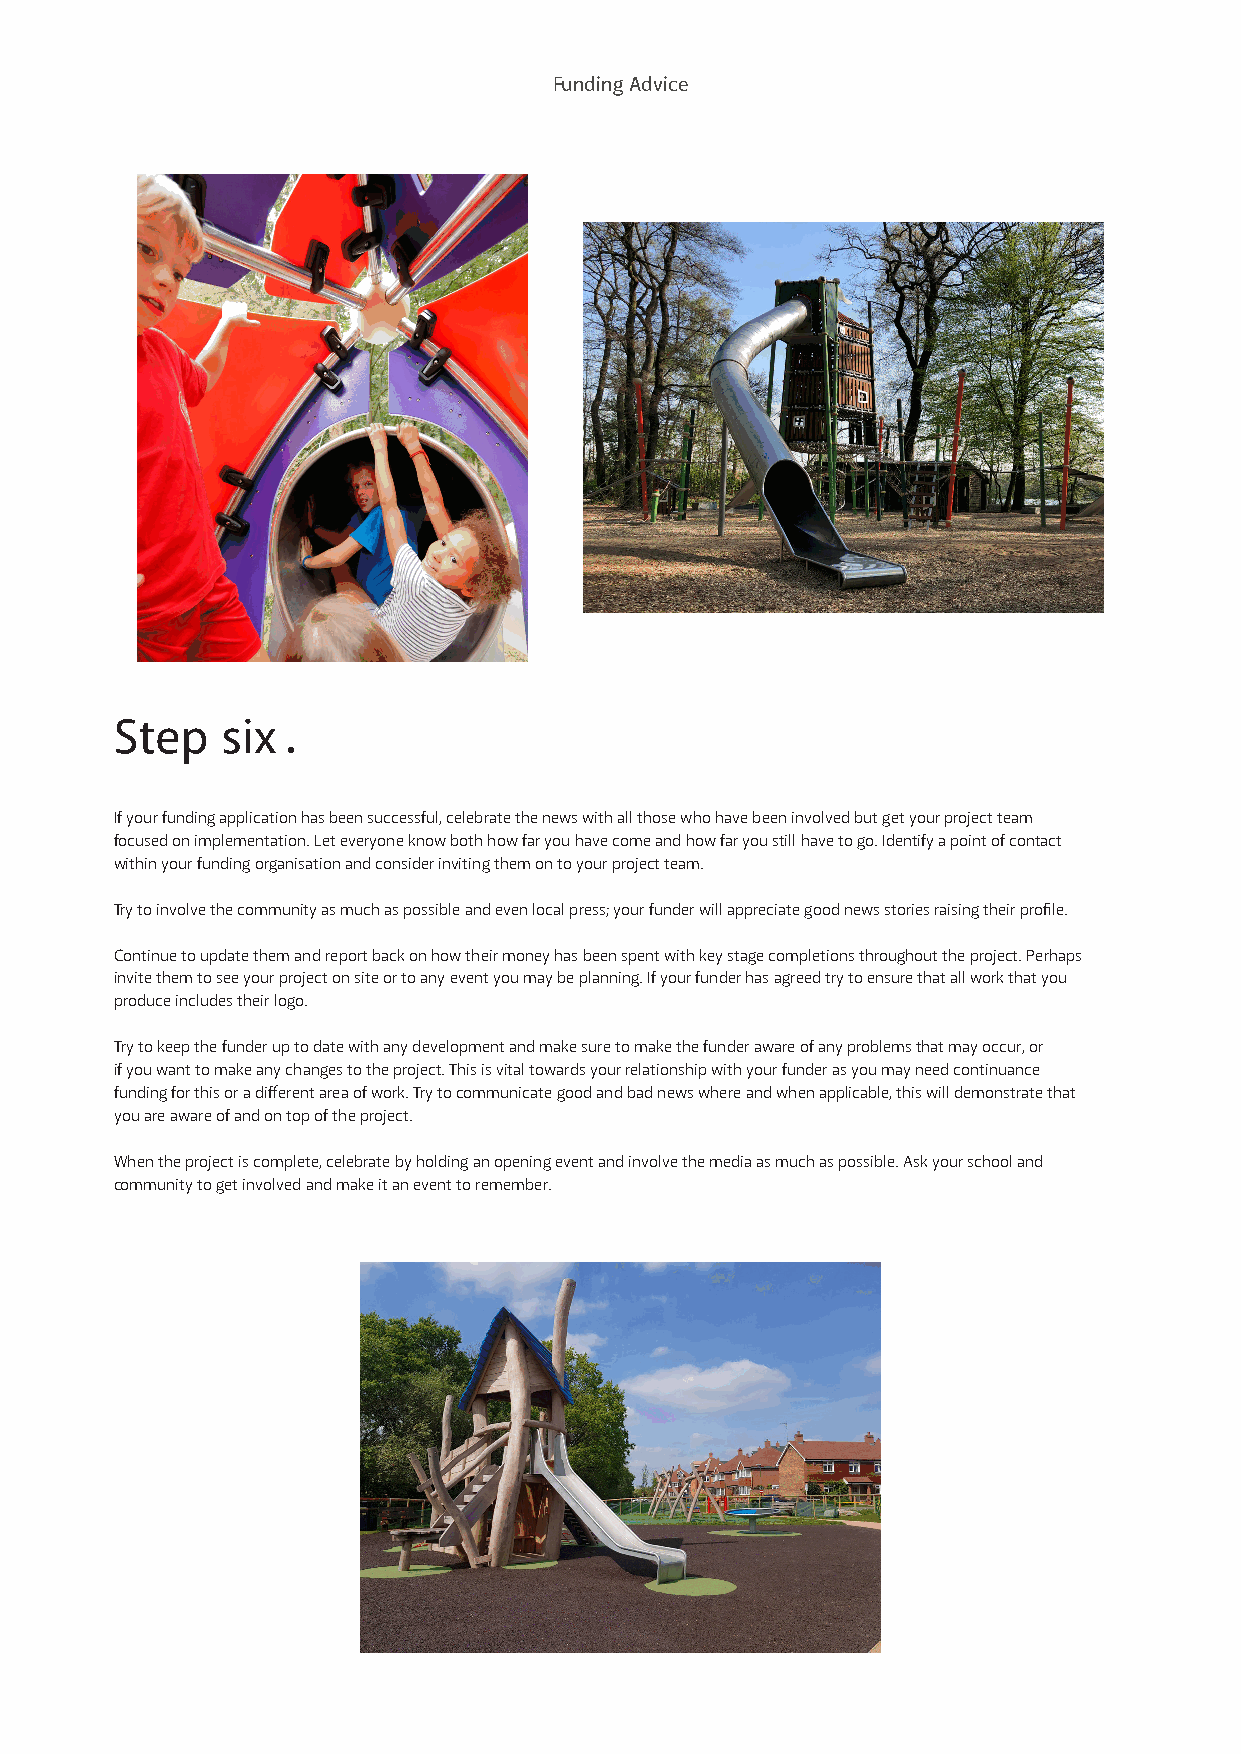
Funding Advice
 Step   six
 If your funding application has been successful, celebrate the news with all those who have been involved but get your project team
 focused on implementation. Let everyone know both how far you have come and how far you still have to go. Identify a point of contact
 within your funding organisation and consider inviting them on to your project team.
 Try to involve the community as much as possible and even local press; your funder will appreciate good news stories raising their profile.
 Continue to update them and report back on how their money has been spent with key stage completions throughout the project. Perhaps
 invite them to see your project on site or to any event you may be planning. If your funder has agreed try to ensure that all work that you
 produce includes their logo.
 Try to keep the funder up to date with any development and make sure to make the funder aware of any problems that may occur, or
 if you want to make any changes to the project. This is vital towards your relationship with your funder as you may need continuance
 funding for this or a different area of work. Try to communicate good and bad news where and when applicable, this will demonstrate that
 you are aware of and on top of the project.
 When the project is complete, celebrate by holding an opening event and involve the media as much as possible. Ask your school and
 community to get involved and make it an event to remember.